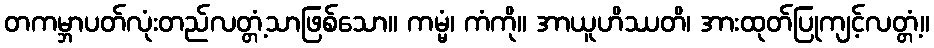
တကမ္ဘာပတ်လုံးတည်လတ္တံ့သာဖြစ်သော။ ကမ္မံ၊ ကံကို။ အာယူဟိဿတိ၊ အားထုတ်ပြုကျင့်လတ္တံ့။